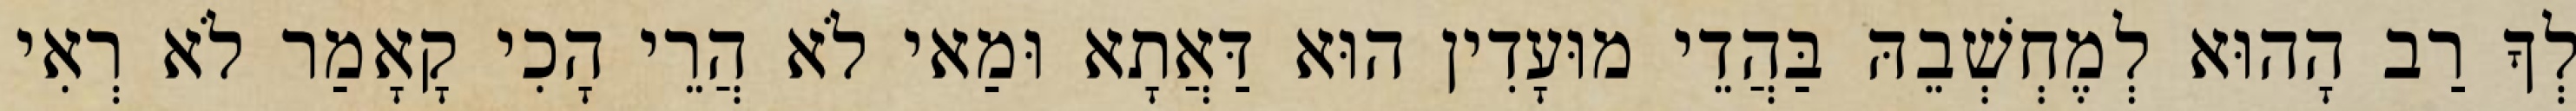
לְךָ רַב הָהוּא לְמֶחְשְׁבֵהּ בַּהֲדֵי מוּעָדִין הוּא דַּאֲתָא וּמַאי לֹא הֲרֵי הָכִי קָאָמַר לֹא רְאִי